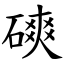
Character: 磢